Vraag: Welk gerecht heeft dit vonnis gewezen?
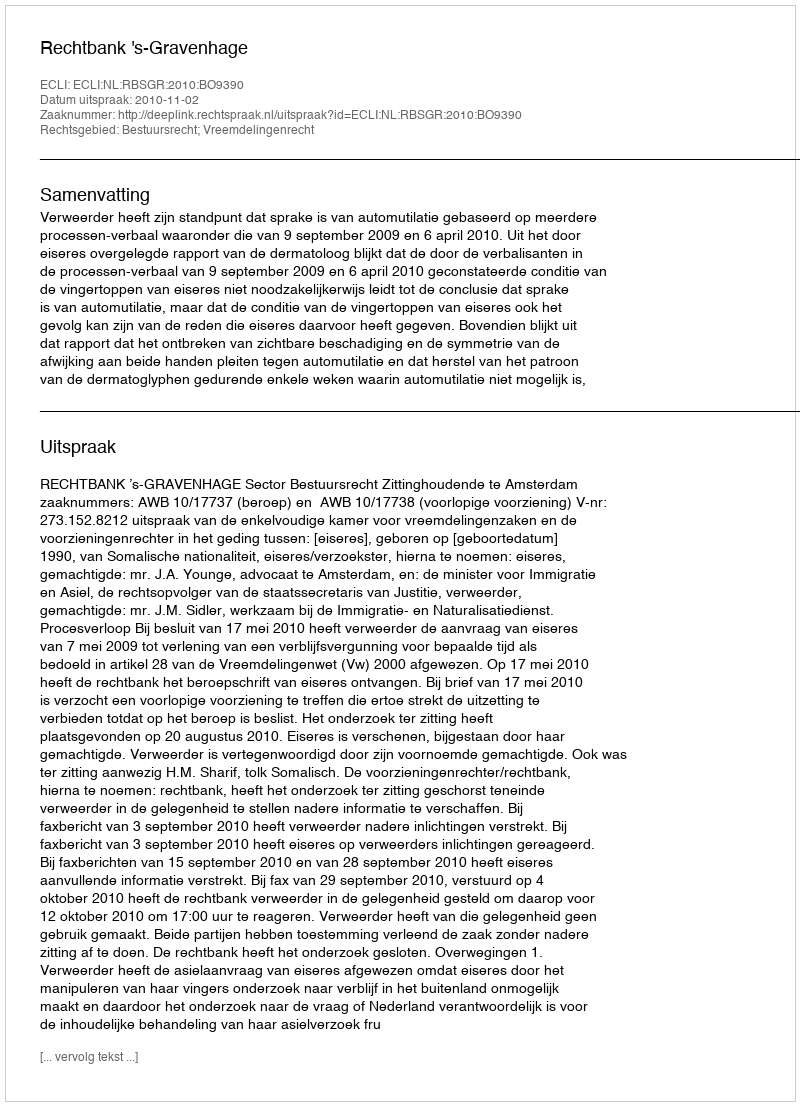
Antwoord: Rechtbank 's-Gravenhage